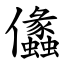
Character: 㒩